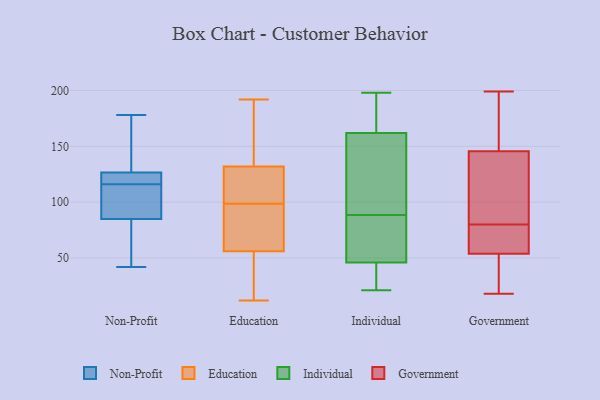
{"axis": {"x": "Page Views", "y": "Value"}, "legend": ["Education", "Government", "Individual", "Non-Profit"], "data": [{"x": "", "y": 178, "type": "Non-Profit"}, {"x": "", "y": 117, "type": "Non-Profit"}, {"x": "", "y": 157, "type": "Non-Profit"}, {"x": "", "y": 108, "type": "Non-Profit"}, {"x": "", "y": 58, "type": "Non-Profit"}, {"x": "", "y": 117, "type": "Non-Profit"}, {"x": "", "y": 45, "type": "Non-Profit"}, {"x": "", "y": 170, "type": "Non-Profit"}, {"x": "", "y": 116, "type": "Non-Profit"}, {"x": "", "y": 59, "type": "Non-Profit"}, {"x": "", "y": 99, "type": "Non-Profit"}, {"x": "", "y": 129, "type": "Non-Profit"}, {"x": "", "y": 101, "type": "Non-Profit"}, {"x": "", "y": 107, "type": "Non-Profit"}, {"x": "", "y": 119, "type": "Non-Profit"}, {"x": "", "y": 124, "type": "Non-Profit"}, {"x": "", "y": 116, "type": "Non-Profit"}, {"x": "", "y": 71, "type": "Non-Profit"}, {"x": "", "y": 42, "type": "Non-Profit"}, {"x": "", "y": 141, "type": "Non-Profit"}, {"x": "", "y": 130, "type": "Education"}, {"x": "", "y": 70, "type": "Education"}, {"x": "", "y": 192, "type": "Education"}, {"x": "", "y": 124, "type": "Education"}, {"x": "", "y": 57, "type": "Education"}, {"x": "", "y": 157, "type": "Education"}, {"x": "", "y": 12, "type": "Education"}, {"x": "", "y": 132, "type": "Education"}, {"x": "", "y": 111, "type": "Education"}, {"x": "", "y": 89, "type": "Education"}, {"x": "", "y": 108, "type": "Education"}, {"x": "", "y": 77, "type": "Education"}, {"x": "", "y": 54, "type": "Education"}, {"x": "", "y": 13, "type": "Education"}, {"x": "", "y": 169, "type": "Education"}, {"x": "", "y": 157, "type": "Education"}, {"x": "", "y": 56, "type": "Education"}, {"x": "", "y": 32, "type": "Education"}, {"x": "", "y": 162, "type": "Individual"}, {"x": "", "y": 180, "type": "Individual"}, {"x": "", "y": 132, "type": "Individual"}, {"x": "", "y": 46, "type": "Individual"}, {"x": "", "y": 93, "type": "Individual"}, {"x": "", "y": 84, "type": "Individual"}, {"x": "", "y": 43, "type": "Individual"}, {"x": "", "y": 174, "type": "Individual"}, {"x": "", "y": 114, "type": "Individual"}, {"x": "", "y": 21, "type": "Individual"}, {"x": "", "y": 76, "type": "Individual"}, {"x": "", "y": 198, "type": "Individual"}, {"x": "", "y": 48, "type": "Individual"}, {"x": "", "y": 41, "type": "Individual"}, {"x": "", "y": 79, "type": "Government"}, {"x": "", "y": 159, "type": "Government"}, {"x": "", "y": 18, "type": "Government"}, {"x": "", "y": 41, "type": "Government"}, {"x": "", "y": 78, "type": "Government"}, {"x": "", "y": 80, "type": "Government"}, {"x": "", "y": 107, "type": "Government"}, {"x": "", "y": 141, "type": "Government"}, {"x": "", "y": 171, "type": "Government"}, {"x": "", "y": 138, "type": "Government"}, {"x": "", "y": 193, "type": "Government"}, {"x": "", "y": 21, "type": "Government"}, {"x": "", "y": 199, "type": "Government"}, {"x": "", "y": 30, "type": "Government"}, {"x": "", "y": 58, "type": "Government"}, {"x": "", "y": 62, "type": "Government"}, {"x": "", "y": 105, "type": "Government"}]}